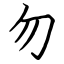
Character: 勿